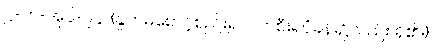
ဋ္ဌ-တ-အုပ်-၉၄၊ (နှုတ်မစောင့်စည်း၍ ပျက်စီးရပုံခန်း၌လည်း ရှိ၏။)